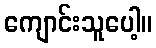
ကျောင်းသူပေါ့။